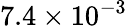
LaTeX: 7.4\times 10^{-3}